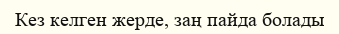
Кез келген жерде, заң пайда болады